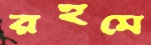
রহমে